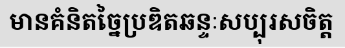
មានគំនិតច្នៃប្រឌិតឆន្ទៈសប្បុរសចិត្ត